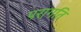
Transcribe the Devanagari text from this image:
परागति